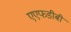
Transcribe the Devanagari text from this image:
एएफडीबी